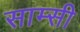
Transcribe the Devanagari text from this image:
साम्सी